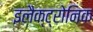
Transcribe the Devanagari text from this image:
इलैक्ट्रोनिक